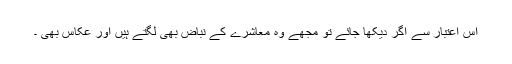
اس اعتبار سے اگر دیکھا جائے تو مجھے وہ معاشرے کے نباض بھی لگتے ہیں اور عکاس بھی ۔